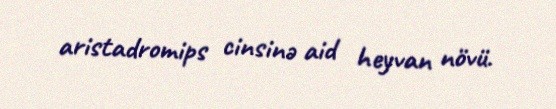
aristadromips cinsinə aid heyvan növü.